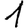
Digit: 1